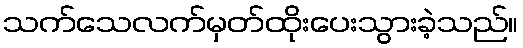
သက်သေလက်မှတ်ထိုးပေးသွားခဲ့သည်။